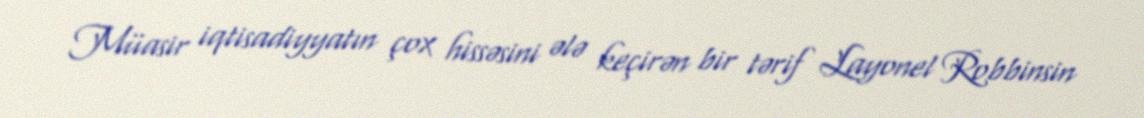
Müasir iqtisadiyyatın çox hissəsini ələ keçirən bir tərif Layonel Robbinsin